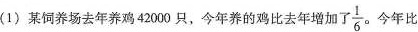
(1)某饲养场去年养鸡42000只，今年养的鸡比去年增加了\frac{1}{6}。今年比